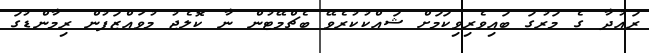
ރައުދާ ގެ މަރުގަ ބައިވެރިވިކަމަށް ޝައްކުކުރެވޭ ބެޗްމޭޓުން ނާ ކޮލެޖު މުވައްޒަފުން ރިމާންޑުގަ